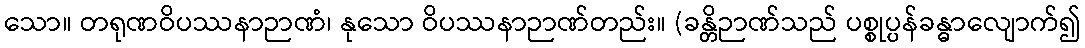
သော။ တရုဏဝိပဿနာဉာဏံ၊ နုသော ဝိပဿနာဉာဏ်တည်း။ (ခန္တိဉာဏ်သည် ပစ္စုပ္ပန်ခန္ဓာလျောက်၍